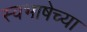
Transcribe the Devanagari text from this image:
स्वभाषेच्या